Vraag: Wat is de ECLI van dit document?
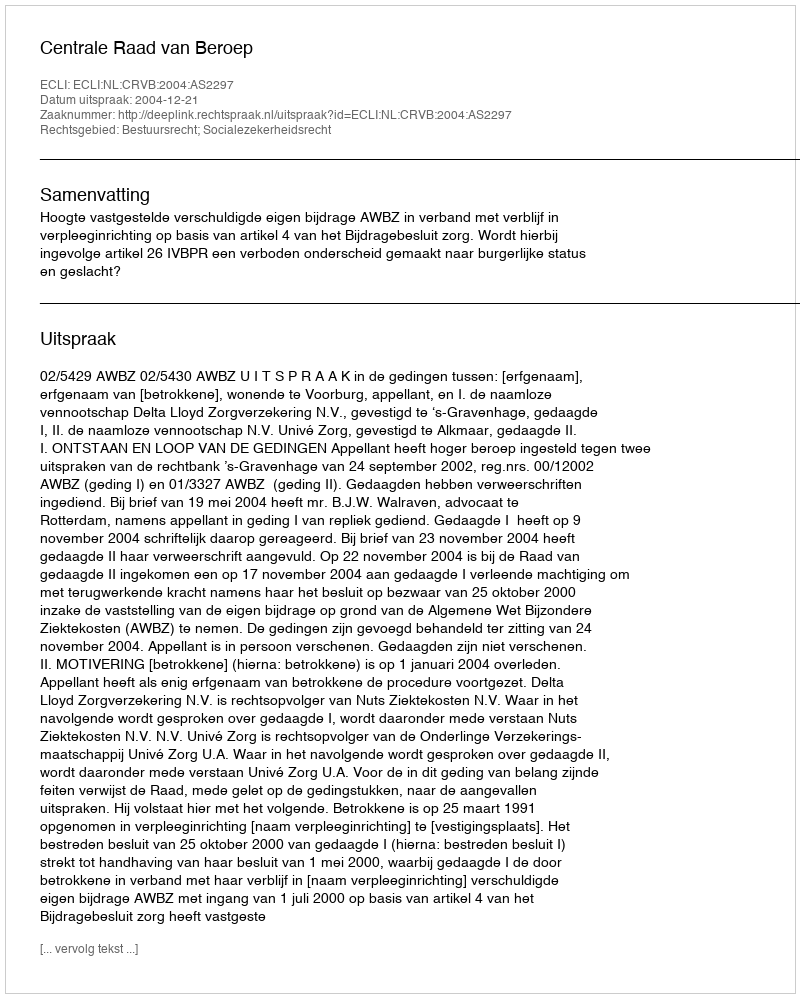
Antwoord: ECLI:NL:CRVB:2004:AS2297